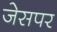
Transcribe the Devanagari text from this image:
जेसपर